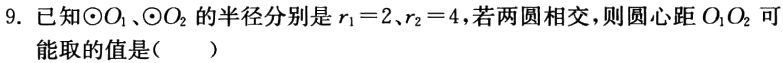
9. 已知$\odot O_{1}$、$\odot O_{2}$的半径分别是$r_{1}=2$、$r_{2}=4$，若两圆相交，则圆心距$O_{1}O_{2}$可

能取的值是（  ）